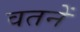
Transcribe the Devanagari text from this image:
वतनें